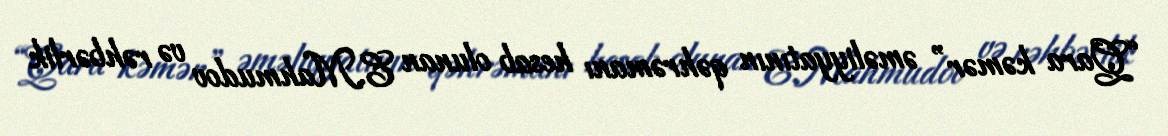
“Qara kəmər” əməliyyatının qəhrəmanı hesab olunan E.Mahmudov və rəhbərlik